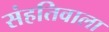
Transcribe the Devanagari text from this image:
संहतिवाला